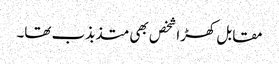
مقابل کھڑا شخص بھی متذبذب تھا۔